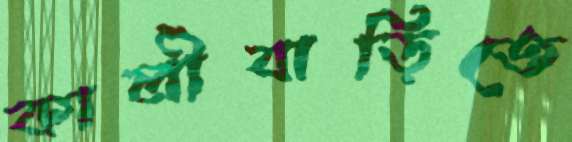
কালীবাড়িতে